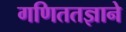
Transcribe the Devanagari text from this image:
गणिततज्ञाने